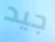
جيد